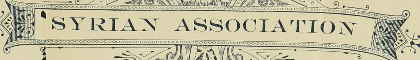
SYRIAN ASSOCIATION